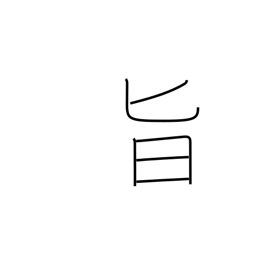
Meaning: relish